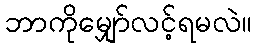
ဘာကိုမျှော်လင့်ရမလဲ။